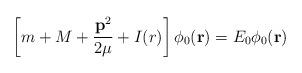
LaTeX: \begin{align*}\left[m+M+\frac {{\bf p}^2}{2\mu}+I(r)\right]\phi_0({\bf r})=E_0\phi_0({\bf r})\end{align*}